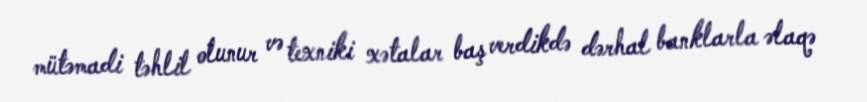
mütəmadi təhlil olunur və texniki xətalar baş verdikdə dərhal banklarla əlaqə